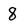
Character: 8